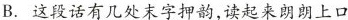
B. 这段话有几处末字押韵，读起来朗朗上口